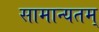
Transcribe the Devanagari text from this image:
सामान्यतम्